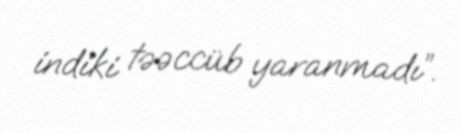
indiki təəccüb yaranmadı”.